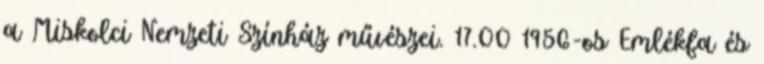
a Miskolci Nemzeti Színház művészei. 17.00 1956-os Emlékfa és